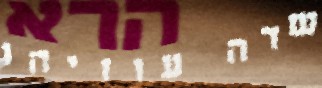
שדה עוזיהו